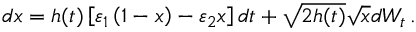
d x = h ( t ) \left[ \varepsilon _ { 1 } \left( 1 - x \right) - \varepsilon _ { 2 } x \right] d t + \sqrt { 2 h ( t ) } \sqrt { x } d W _ { t } \, .